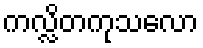
ကလ္လိတကုသလော